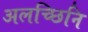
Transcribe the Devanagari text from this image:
अलच्छिनि